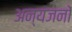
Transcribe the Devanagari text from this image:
अन्यजनों